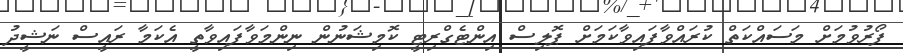
ފޯރުވުމަށް މަސައްކަތް ކުރައްވާފައިވާކަމަށް ޕޮލިސް އިންޓެގްރިޓީ ކޮމިޝަނުން ނިންމަވާފައިވާތީ އެކަމާ ރައީސް ނަޝީދު